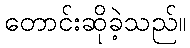
တောင်းဆိုခဲ့သည်။